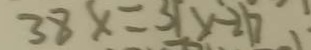
3 8 x = 3 1 x - 2 1 7